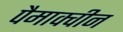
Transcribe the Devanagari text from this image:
पैमाक्वीन